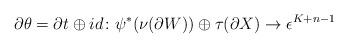
\begin{align*} \partial \theta = \partial t \oplus id \colon \psi^*(\nu(\partial W)) \oplus \tau(\partial X) \to \epsilon^{K+n-1}\end{align*}